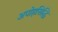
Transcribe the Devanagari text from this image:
अपोहसिद्धि